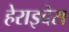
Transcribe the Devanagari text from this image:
हेराइदेस